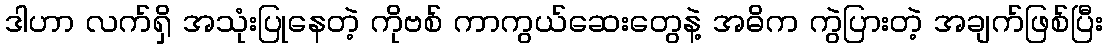
ဒါဟာ လက်ရှိ အသုံးပြုနေတဲ့ ကိုဗစ် ကာကွယ်ဆေးတွေနဲ့ အဓိက ကွဲပြားတဲ့ အချက်ဖြစ်ပြီး